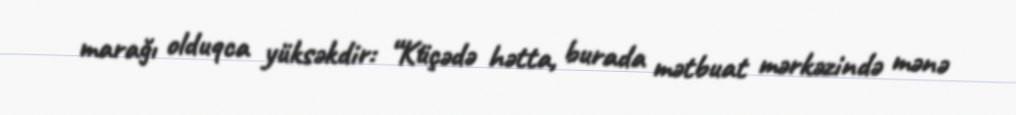
marağı olduqca yüksəkdir: “Küçədə hətta, burada mətbuat mərkəzində mənə